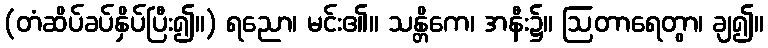
(တံဆိပ်ခပ်နှိပ်ပြီး၍။) ရညော၊ မင်း၏။ သန္တိကေ၊ အနီး၌။ ဩတာရေတွာ၊ ချ၍။